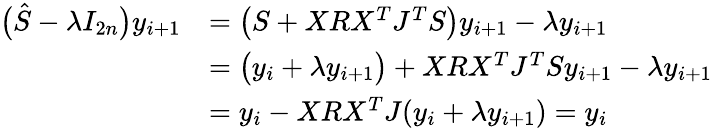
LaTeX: \begin{array}{rl}{\big(\hat{S}-\lambda I_{2n}\big)y_{i+1}}&{=\big(S+XRX^{T}J^{T}S\big)y_{i+1}-\lambda y_{i+1}}\\ &{=\big(y_{i}+\lambda y_{i+1}\big)+XRX^{T}J^{T}Sy_{i+1}-\lambda y_{i+1}}\\ &{=y_{i}-XRX^{T}J(y_{i}+\lambda y_{i+1})=y_{i}}\end{array}